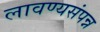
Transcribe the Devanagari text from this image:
लावण्यसंपन्न